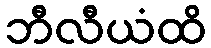
ဘီလီယံထိ